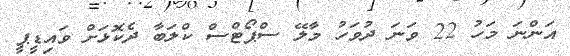
އަންނަ މަހު 22 ވަނަ ދުވަހު މާލޭ ސްޕޯޓްސް ކްލަބާ ދެކޮޅަށް ވައިޑީޕީ